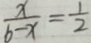
\frac { x } { b - x } = \frac { 1 } { 2 }